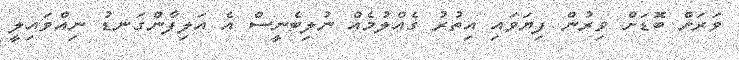
ވަރަށް ބޮޑަށް ވިރުން ފިޔަވައި އިތުރު ގެއްލުމެއް ނުލިބެނީސް އެ އަލިފާންގަނޑު ނިއްވައިލީ